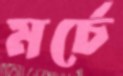
মর্চে